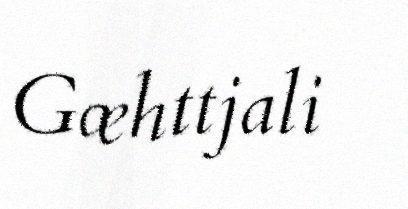
Gæhttjali